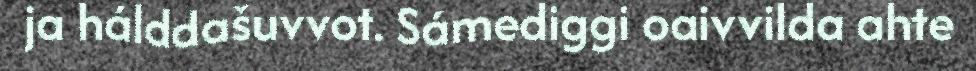
ja hálddašuvvot. Sámediggi oaivvilda ahte